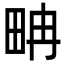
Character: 畘